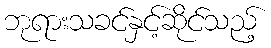
ဘုရားသခင်နှင့်ဆိုင်သည့်